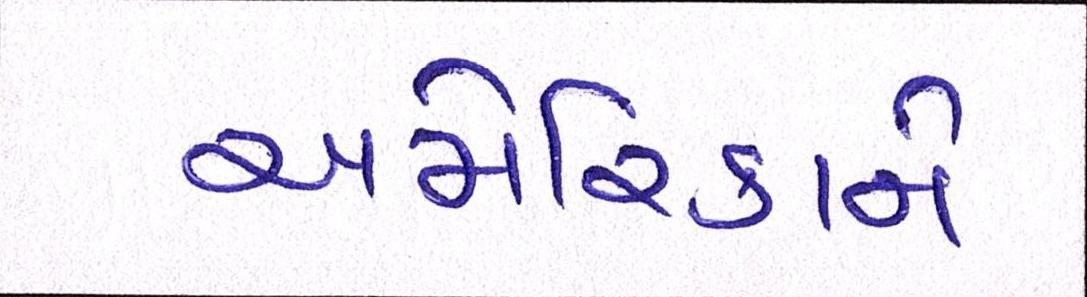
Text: અમેરિકાને